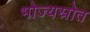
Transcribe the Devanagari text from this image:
भोज्यस्रोत